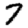
Digit: 7